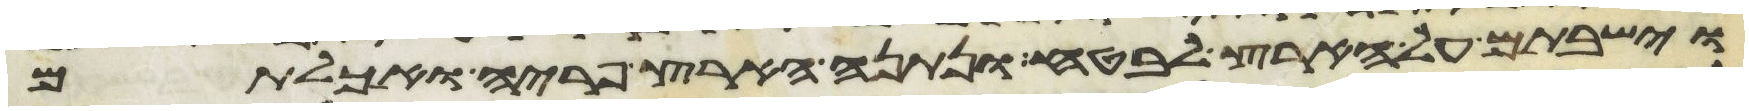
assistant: וישבתם על הארץ לבטח ונתנה הארץ פריה ואכלתם